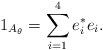
LaTeX: \begin{align*}1_{A_{\theta}} = \sum_{i=1}^{4}e^*_ie_i.\end{align*}